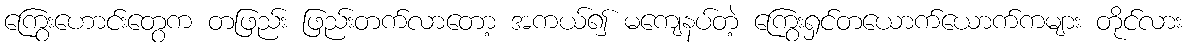
ကြွေးဟောင်းတွေက တဖြည်း ဖြည်းတက်လာတော့ အကယ်၍ မကျေနပ်တဲ့ ကြွေးရှင်တယောက်ယောက်ကများ တိုင်လား